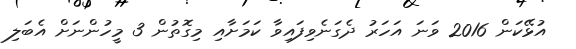
އުޅޭކަން 2016 ވަނަ އަހަރު ދެެގަނެވިފައިވާ ކަމަށާއި މިގޮތުން 3 މީހުންނަށް އެބަލި